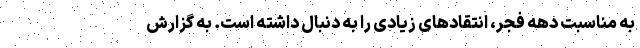
به مناسبت دهه فجر، انتقادهای زیادی را به دنبال داشته است. به گزارش